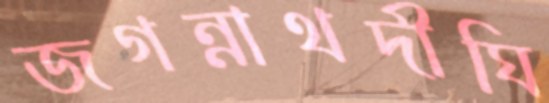
জগন্নাথদীঘি